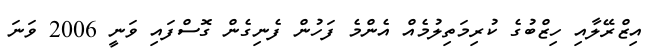
އިޒްރޭލާއި ހިޒްބުގެ ކުރިމަތިލުމެއް އެންމެ ފަހުން ފެނިގެން ގޮސްފައި ވަނީ 2006 ވަނަ